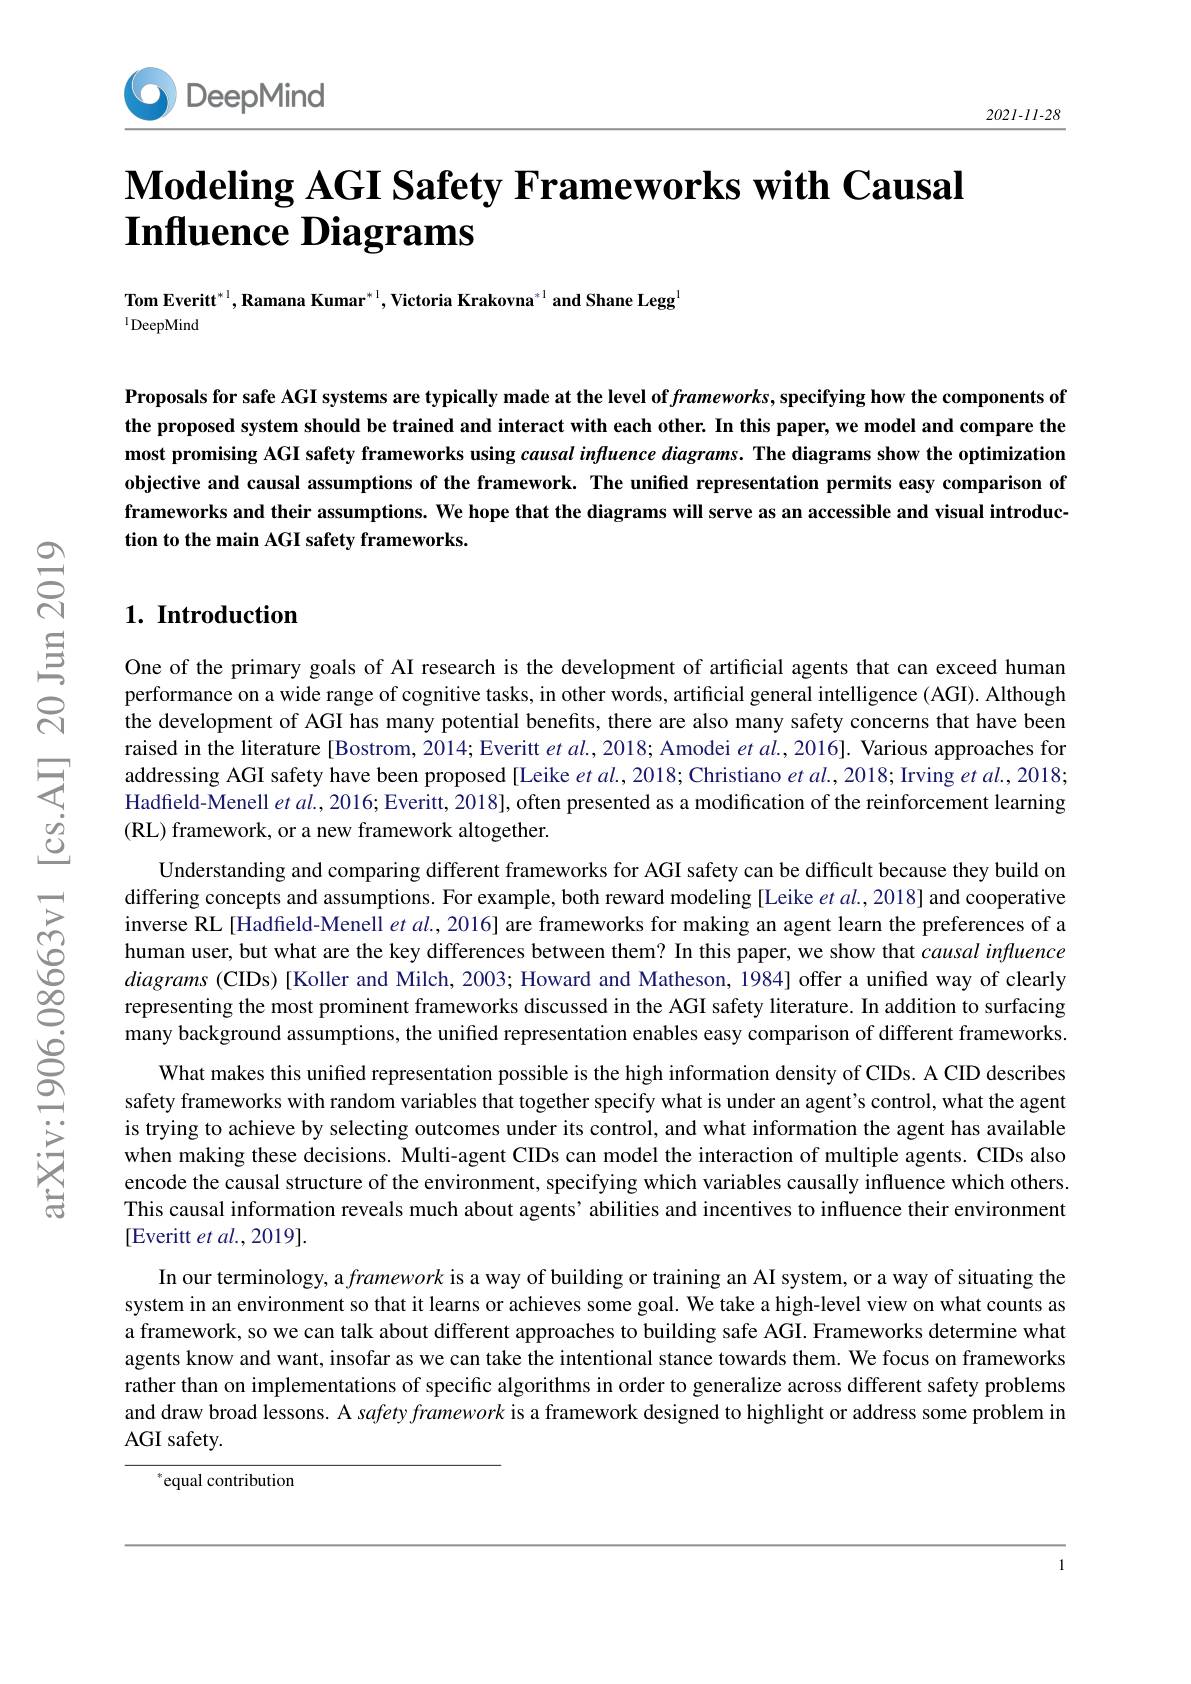
DeepMind

$202I-II-28$

# $\textbf{Modeling AGI Safety Frameworks with Causal}$ $\textbf{Influence Diagrams}$

Tom Everitt$^*^1,\textbf{Ramana Kumar}^{*1},\textbf{Victoria Krakovna}^{*1}$ and Shane Legg
$^{1}$DeepMind

Proposals for safe AGI systems are typically made at the level of $frameworks$,specifying how the components of the proposed system should be trained and interact with each other. In this paper, we model and compare the most promising AGI safety frameworks using causal influence diagrams. The diagrams show the optimization objective and causal assumptions of the framework. The unified representation permits easy comparison of frameworks and their assumptions. We hope that the diagrams will serve as an accessible and visual introduction to the main AGI safety frameworks.

## $1. \textbf{ Introduction}$

One of the primary goals of AI research is the development of artificial agents that can exceed human performance on a wide range of cognitive tasks, in other words, artificial general intelligence (AGI). Although the development of AGI has many potential benefits, there are also many safety concerns that have been raised in the literature [Bostrom, 2014; Everitt $et\textit{al. , 2018; Amodei et al. , 2016}] .$ Various approaches for addressing AGI safety have been proposed [Leike et al., 2018; Christiano $et$ al., 2018; Irving et al., 2018; Hadfield-Menell et al., 2016; Everitt, 2018], often presented as a modification of the reinforcement learning ( RL) framework, or a new framework altogether.
Understanding and comparing different frameworks for AGI safety can be difficult because they build on differing concepts and assumptions. For example, both reward modeling [Leike $etal.,2018]$ and cooperative inverse RL [Hadfield-Menell et $al.,2016]$ are frameworks for making an agent learn the preferences of a human user, but what are the key differences between them? In this paper, we show that causal influence diagrams (CIDs)[Koller and Milch, 2003; Howard and Matheson, 1984] offer a unified way of clearly representing the most prominent frameworks discussed in the AGI safety literature. In addition to surfacing many background assumptions, the unified representation enables easy comparison of different frameworks.
What makes this unified representation possible is the high information density of CIDs. A CID describes safety frameworks with random variables that together specify what is under an agent's control, what the agent is trying to achieve by selecting outcomes under its control, and what information the agent has available when making these decisions. Multi-agent CIDs can model the interaction of multiple agents. CIDs also encode the causal structure of the environment, specifying which variables causally influence which others This causal information reveals much about agents’ abilities and incentives to influence their environment [Everitt et al., 2019].
In our terminology, a framework is a way of building or training an AI system, or a way of situating the system in an environment so that it learns or achieves some goal. We take a high-level view on what counts as a framework, so we can talk about different approaches to building safe AGI. Frameworks determine what agents know and want, insofar as we can take the intentional stance towards them. We focus on frameworks rather than on implementations of specific algorithms in order to generalize across different safety problems and draw broad lessons. A safety framework is a framework designed to highlight or address some problem in AGI safety.

$^*$equal contribution